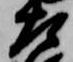
左